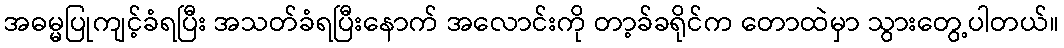
အဓမ္မပြုကျင့်ခံရပြီး အသတ်ခံရပြီးနောက် အလောင်းကို တာ့ခ်ခရိုင်က တောထဲမှာ သွားတွေ့ပါတယ်။